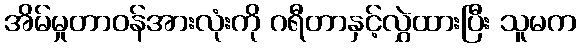
အိမ်မှုတာဝန်အားလုံးကို ဂရီတာနှင့်လွှဲထားပြီး သူမက